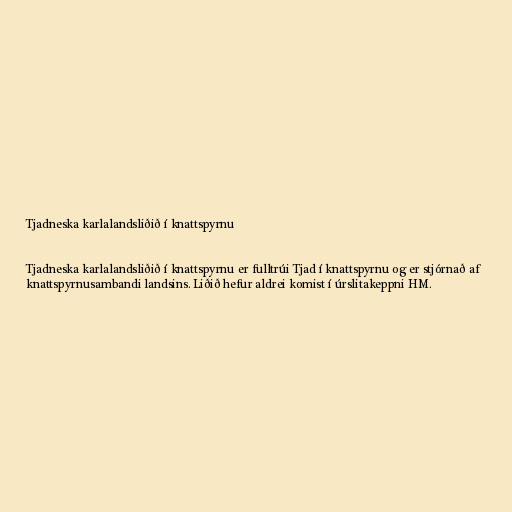
Tjadneska karlalandsliðið í knattspyrnu

Tjadneska karlalandsliðið í knattspyrnu er fulltrúi Tjad í knattspyrnu og er stjórnað af
knattspyrnusambandi landsins. Liðið hefur aldrei komist í úrslitakeppni HM.